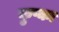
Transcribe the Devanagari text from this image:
कुप्का